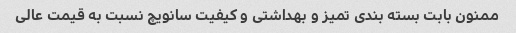
ممنون بابت بسته بندی تمیز و بهداشتی و کیفیت سانویچ نسبت به قیمت عالی